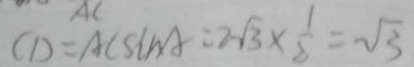
C D = A C \sin A = 2 \sqrt { 3 } \times \frac { 1 } { 3 } = \sqrt { 3 }